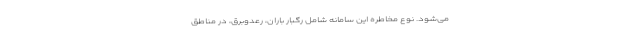
می‌شود. نوع مخاطره این سامانه شامل رگبار باران، رعدوبرق، در مناطق